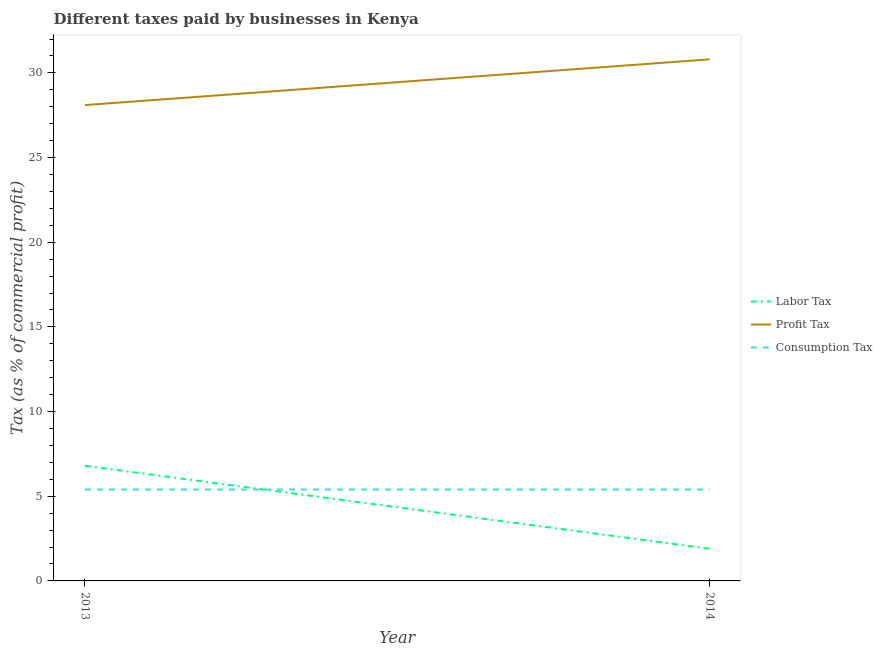
| Year | Labor Tax | Profit Tax | Consumption Tax |
 | --- | --- | --- | --- |
 | 2013 | 6.8 | 28.1 | 5.4 |
 | 2014 | 1.9 | 30.8 | 5.4 |